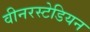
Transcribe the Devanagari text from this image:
वीनरस्टेडियन